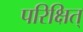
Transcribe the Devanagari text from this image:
परिक्षित्